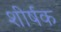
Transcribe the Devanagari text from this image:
शीर्षक